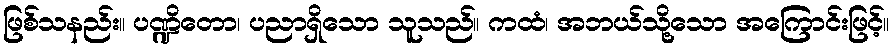
ဖြစ်သနည်း။ ပဏ္ဍိတော၊ ပညာရှိသော သူသည်။ ကထံ၊ အဘယ်သို့သော အကြောင်းဖြင့်။